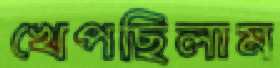
খেপছিলাম